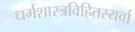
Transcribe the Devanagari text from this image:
धर्मशास्त्रविहितस्यर्वा